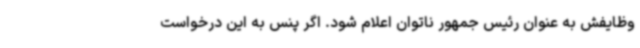
وظایفش به عنوان رئیس جمهور ناتوان اعلام شود. اگر پنس به این درخواست